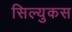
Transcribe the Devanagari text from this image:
सिल्युकस